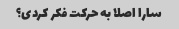
سارا اصلا به حرکت فکر کردی؟